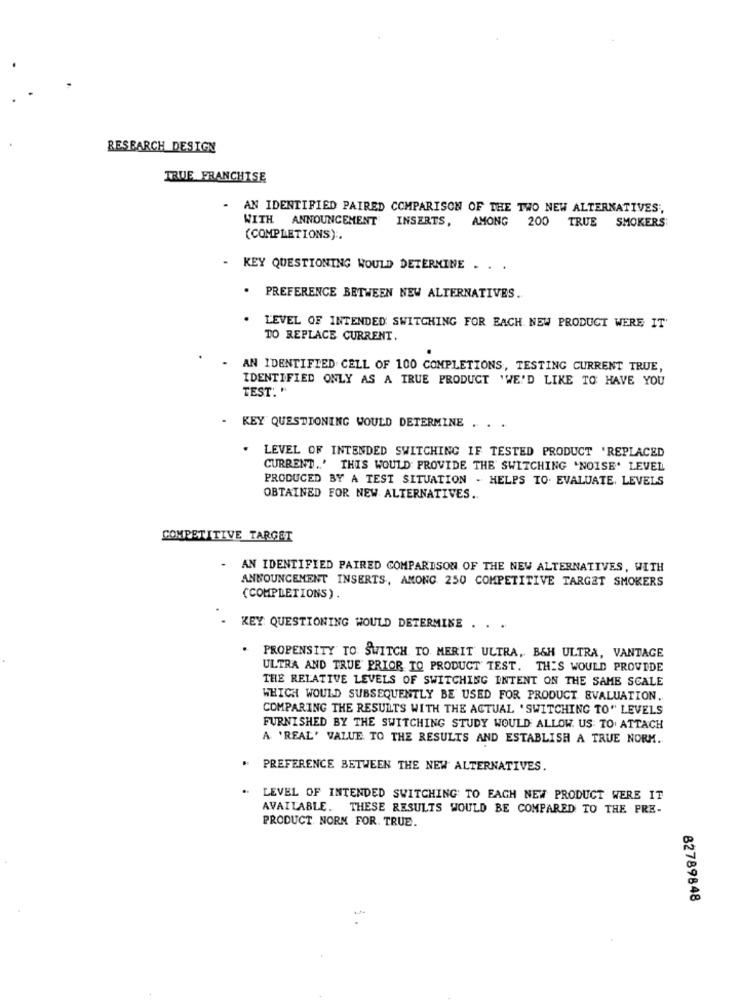
RESEARCH DESIGN
TRUE FRANCHISE
- AN IDENTIFIED PAIRED COMPARISON OF THE TWO NEW ALTERNATIVES;
WITH ANNOUNCEMENT INSERTS,
AMONG 200 TRUE SMOKERS
(COMPLETIONS) :.
.
KEY QUESTIONING WOULD DETERMINE . . .
. PREFERENCE BETWEEN NEW ALTERNATIVES.
LEVEL OF INTENDED SWITCHING FOR EACH NEW PRODUCT WERE IT'
TO REPLACE CURRENT.
- AN IDENTIFIED CELL OF 100 COMPLETIONS, TESTING CURRENT TRUE,
IDENTIFIED ONLY AS A TRUE PRODUCT 'WE'D LIKE TO HAVE YOU
TEST. "
.
KEY QUESTIONING WOULD DETERMINE . . .
. LEVEL OF INTENDED SWITCHING IF TESTED PRODUCT 'REPLACED
CURRENT.' THIS WOULD PROVIDE THE SWITCHING 'NOISE' LEVEL
PRODUCED BY A TEST SITUATION - HELPS TO. EVALUATE. LEVELS
OBTAINED FOR NEW ALTERNATIVES ..
COMPETITIVE TARGET
.
AN IDENTIFIED PAIRED COMPARISON OF THE NEW ALTERNATIVES, WITH
ANNOUNCEMENT INSERTS, AMONG 250 COMPETITIVE TARGET SMOKERS
(COMPLETIONS) .
- KEY QUESTIONING WOULD DETERMINE . .
. PROPENSITY TO SWITCH TO MERIT ULTRA, B&H ULTRA, VANTAGE
ULTRA AND TRUE PRIOR TO PRODUCT TEST. THIS WOULD PROVIDE
THE RELATIVE LEVELS OF SWITCHING INTENT ON THE SAME SCALE
WHICH WOULD SUBSEQUENTLY BE USED FOR PRODUCT EVALUATION.
COMPARING THE RESULTS WITH THE ACTUAL 'SWITCHING TO" LEVELS
FURNISHED BY THE SWITCHING STUDY WOULD ALLOW. US TO ATTACH
A 'REAL' VALUE TO THE RESULTS AND ESTABLISH A TRUE NORM.
. PREFERENCE BETWEEN THE NEW ALTERNATIVES.
LEVEL OF INTENDED SWITCHING TO EACH NEW PRODUCT WERE IT
AVAILABLE. THESE RESULTS WOULD BE COMPARED TO THE PRE-
PRODUCT. NORM FOR. TRUE.
82789848